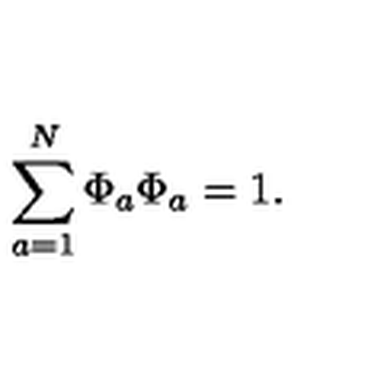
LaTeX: \sum _ { { a } = 1 } ^ { N } \Phi _ { a } \Phi _ { a } = 1 .